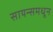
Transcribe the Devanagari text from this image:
सायन्समधून